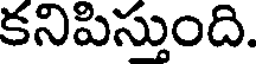
కనిపిస్తుంది.